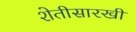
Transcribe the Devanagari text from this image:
शेतीसारखी